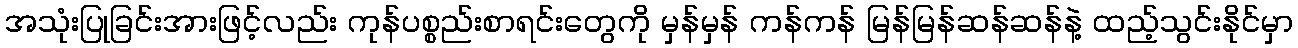
အသုံးပြုခြင်းအားဖြင့်လည်း ကုန်ပစ္စည်းစာရင်းတွေကို မှန်မှန် ကန်ကန် မြန်မြန်ဆန်ဆန်နဲ့ ထည့်သွင်းနိုင်မှာ